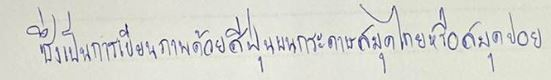
ซึ่งเป็นการเขียนภาพด้วยสีฝุ่นบนกระดาษสมุดไทยหรือสมุดข่อย